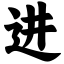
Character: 进